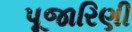
પૂજારિણી